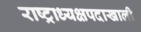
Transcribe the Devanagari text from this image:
राष्ट्राध्यक्षपदाखाली